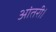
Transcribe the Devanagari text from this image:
आंतरी।